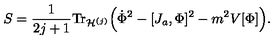
S = \frac { 1 } { 2 j + 1 } \mathrm { T r } _ { { \cal H } ^ { ( j ) } } \Big ( \dot { \Phi } ^ { 2 } - [ J _ { a } , \Phi ] ^ { 2 } - m ^ { 2 } V [ \Phi ] \Big ) .